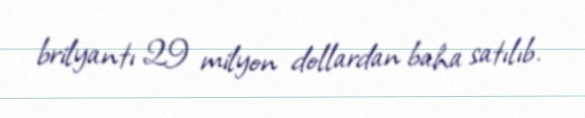
brilyantı 29 milyon dollardan baha satılıb.